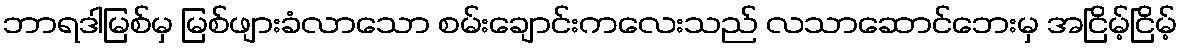
ဘာရဒါမြစ်မှ မြစ်ဖျားခံလာသော စမ်းချောင်းကလေးသည် လသာဆောင်ဘေးမှ အငြိမ့်ငြိမ့်